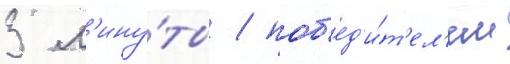
3 м'ину́ты / поб'ед'и́т'ел'ем